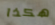
هكذا